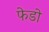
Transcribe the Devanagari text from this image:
फेडो